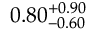
0 . 8 0 _ { - 0 . 6 0 } ^ { + 0 . 9 0 }